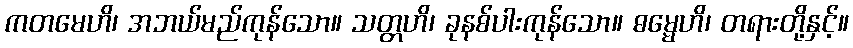
ကတမေဟိ၊ အဘယ်မည်ကုန်သော။ သတ္တဟိ၊ ခုနစ်ပါးကုန်သော။ ဓမ္မေဟိ၊ တရားတို့နှင့်။